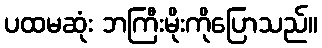
ပထမဆုံး ဘကြီးမိုးကိုပြောသည်။